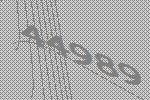
44989